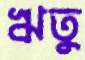
ঋতু